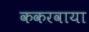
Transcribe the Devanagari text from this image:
ककरवाया